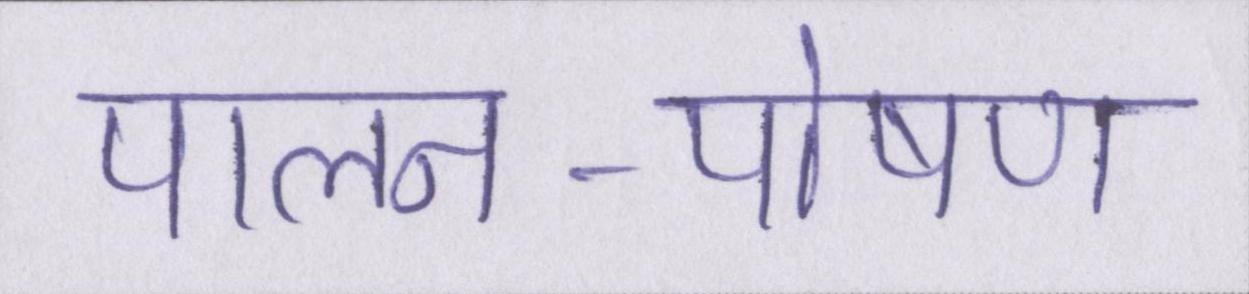
पालन-पोषण